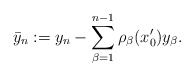
\begin{align*}\bar{y}_n := y_n - \sum_{\beta=1}^{n-1} \rho_\beta (x'_0) y_\beta.\end{align*}